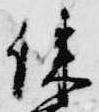
練